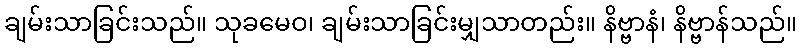
ချမ်းသာခြင်းသည်။ သုခမေဝ၊ ချမ်းသာခြင်းမျှသာတည်း။ နိဗ္ဗာနံ၊ နိဗ္ဗာန်သည်။